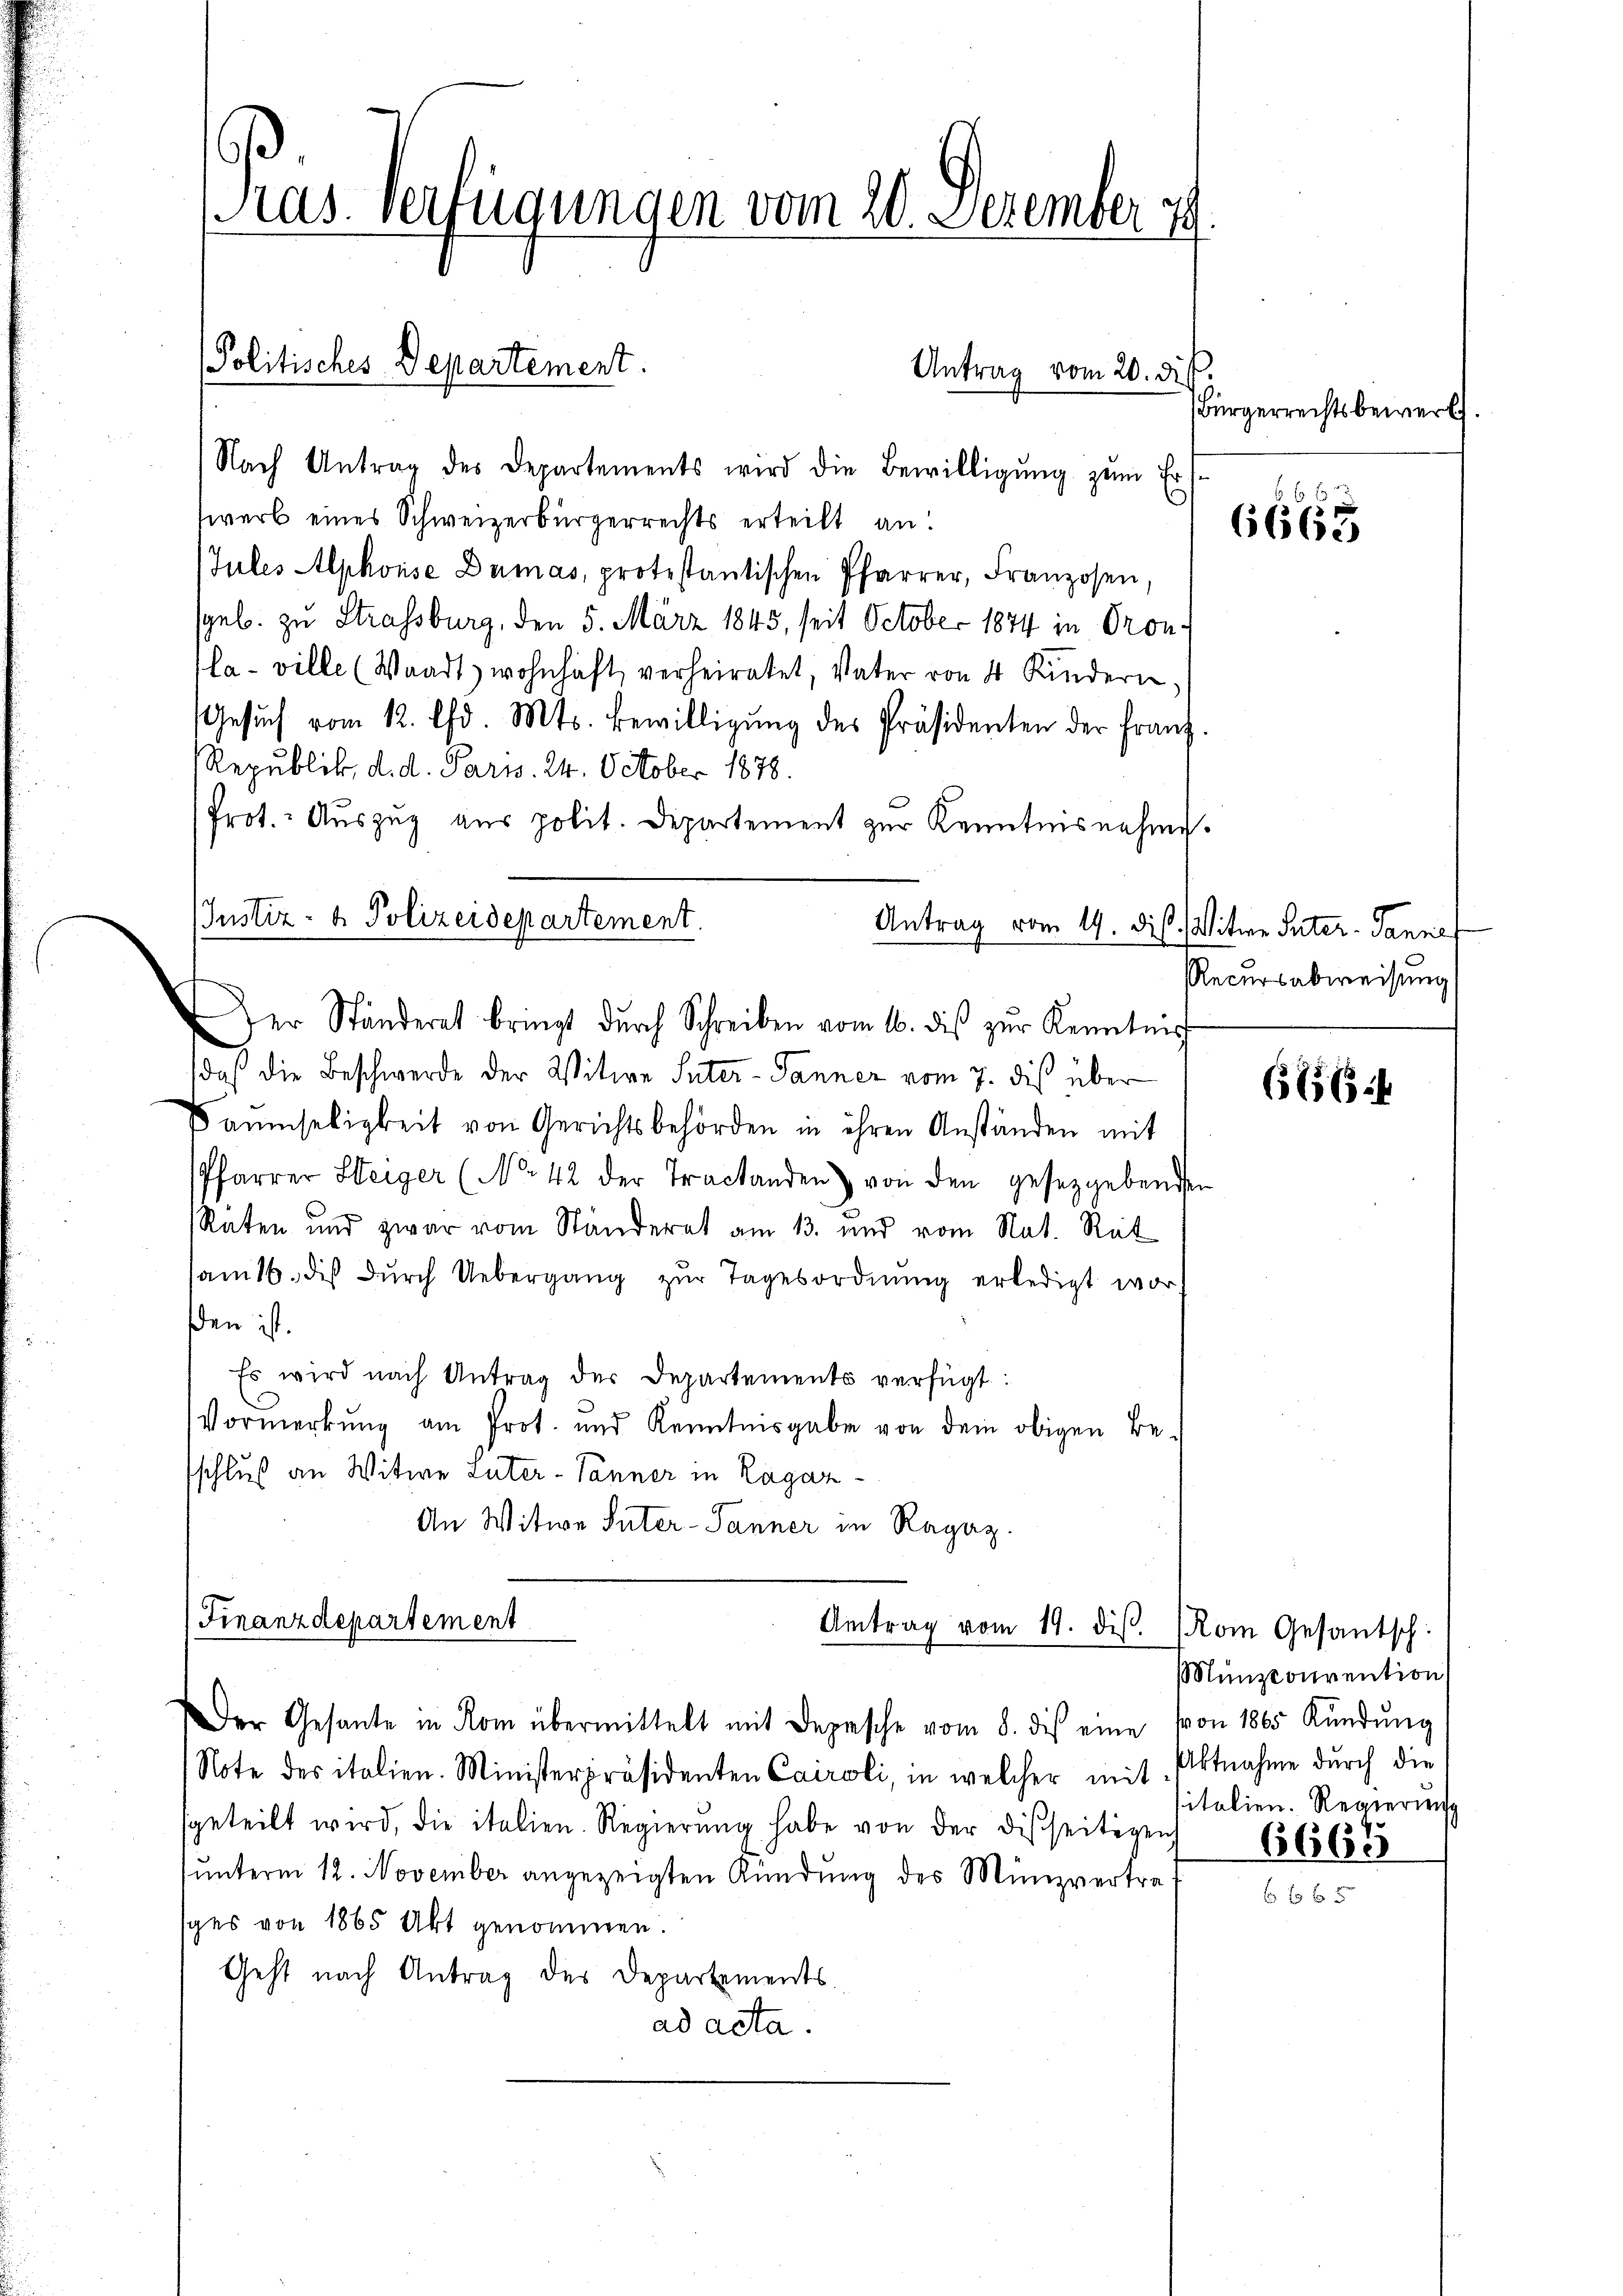
Nach Antrag des Departements wird die Bewilligŭng zŭm Erf
werb eines Schweizerbürgerrechts erteilt an:
Jules Alphonse Dumas, protestantischen Pfarrer, Franzosen,
sgeb. zu Strassburg, den 5. März 1845, seit October 1874 in Gron
la-ville (Waadt wohnhaft verheiratet, Vater von 4 Kindern,
Gesŭch vom 12. d. Mts. Bewilligŭng des Präsidenten der Franz.
Republik, d. d. Parm. 24. October 1878.
Prot. Auszug aus polit. Departement zur Kenntnisnahme.
Antrag vom 19. dis. Witwe Suter-Tanne
er Ständeret bringt dŭrch Schreiben vom 16. diβ zŭr Kenntnis
daß die Beschwerde der Witwe Suter-Panner vom 7. dies über
Saumseligkeit von Gerichtsbehörden in ihren Anständen mit
Pfarrer Steiger (No. 42 der Tractanden von den gesetzgebenden
Raten und zwar vom Ständerat am 13. und vom Nat. Rat
samtb. des dŭrch Uebergang zŭr Tagesordnŭng erledigt wor
ßen ist.
Es wird nach Antrag der Departements verfügt:
Vormerkŭng am Prot. und Kenntnisgabe von dem obigen Be-
schluß an Witwe Luter-Tanner in Ragaz¬
An Witwe Inter-Panner in Ragaz.

ras. Verfügungen vom 20. Dezember 179.

Justiz- & Polizeidepartement.

Finanzdepartement

Politisches Departement

Antrag vom 19. diß.

Antrag vom 20. ds.

Bürgerrechtsbewerk

Der Gesante in Rom übermittelt mit Depesche vom 8. des eine von 1865 Kŭndŭng
Note des italien. Ministerpräsidenten Cairoli, in welcher mit Altnahme durch die
geteilt wird, die italien. Regierŭng habe von der disseitigen
unterm 12. November angezeigten Kündung des Münzvertrages von 1865 Akt genommen.
Geht nach Antrag des Departements.
ad acta.

6665

Recursabweisung

6656:

Rom Gesantsch
Münzconvention
sitalien. Regierunge

6665